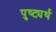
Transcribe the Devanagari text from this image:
पुष्ट्यर्थ